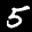
Label: 5